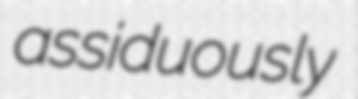
assiduously